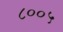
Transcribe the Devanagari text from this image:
८००५